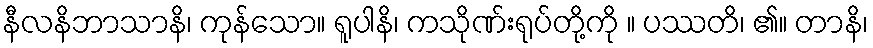
နီလနိဘာသာနိ၊ ကုန်သော။ ရူပါနိ၊ ကသိုဏ်းရုပ်တို့ကို ။ ပဿတိ၊ ၏။ တာနိ၊